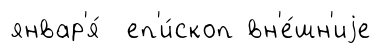
январ'я́ еп'и́скоп вн'е́шн'иjе